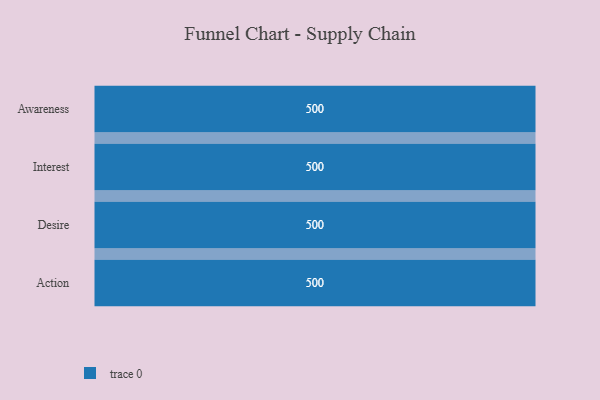
{"axis": {"x": "Stage", "y": "Value"}, "legend": [""], "data": [{"x": "Awareness", "y": 500, "type": ""}, {"x": "Interest", "y": 500, "type": ""}, {"x": "Desire", "y": 500, "type": ""}, {"x": "Action", "y": 500, "type": ""}]}